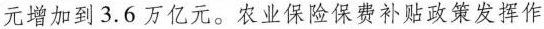
元增加到3.6万亿元。农业保险保费补贴政策发挥作